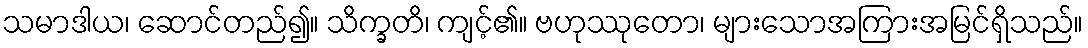
သမာဒါယ၊ ဆောင်တည်၍။ သိက္ခတိ၊ ကျင့်၏။ ဗဟုဿုတော၊ များသောအကြားအမြင်ရှိသည်။